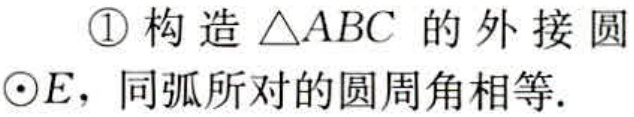
\textcircled{1}构造$\triangle ABC$的外接圆
$\odot E$，同弧所对的圆周角相等.